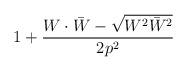
LaTeX: \begin{align*}1 + {W \cdot \bar{W} - \sqrt{W^2 \bar{W}^2} \over 2 p^2}\end{align*}